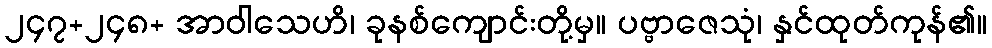
၂၄၇+၂၄၈+ အာဝါသေဟိ၊ ခုနစ်ကျောင်းတို့မှ။ ပဗ္ဗာဇေသုံ၊ နှင်ထုတ်ကုန်၏။